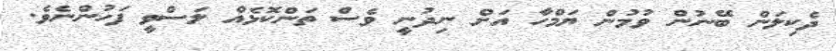
ދެކިލަން ބޭނުން ވުމުން ޔަމްހާ އަށް ނިދުނީ ވެސް ތަންކޮޅެއް ލަސްވީ ފަހުންނެވެ.